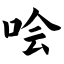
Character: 哙